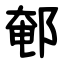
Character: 䣍